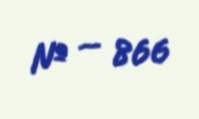
№ — 866